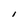
Character: I